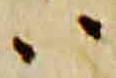
ハ